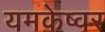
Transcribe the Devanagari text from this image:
यमकेष्वर